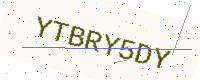
Text: YTBRY5DY